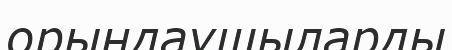
орындаушыларды